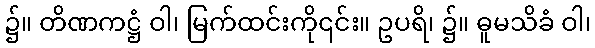
၌။ တိဏကဋ္ဌံ ဝါ၊ မြက်ထင်းကို၎င်း။ ဥပရိ၊ ၌။ ဓူမသိခံ ဝါ၊